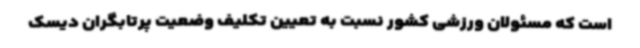
است که مسئولان ورزشی کشور نسبت به تعیین تکلیف وضعیت پرتابگران دیسک